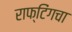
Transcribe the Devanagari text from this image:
राफ्टिंगचा